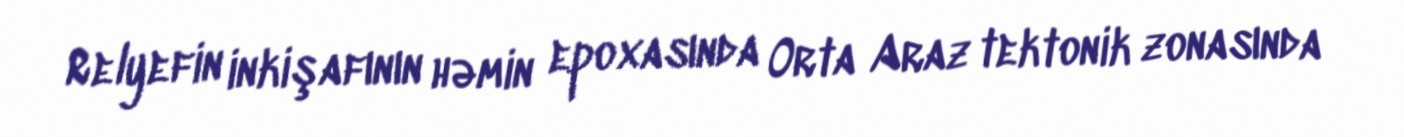
Relyefin inkişafının həmin epoxasında Orta Araz tektonik zonasında